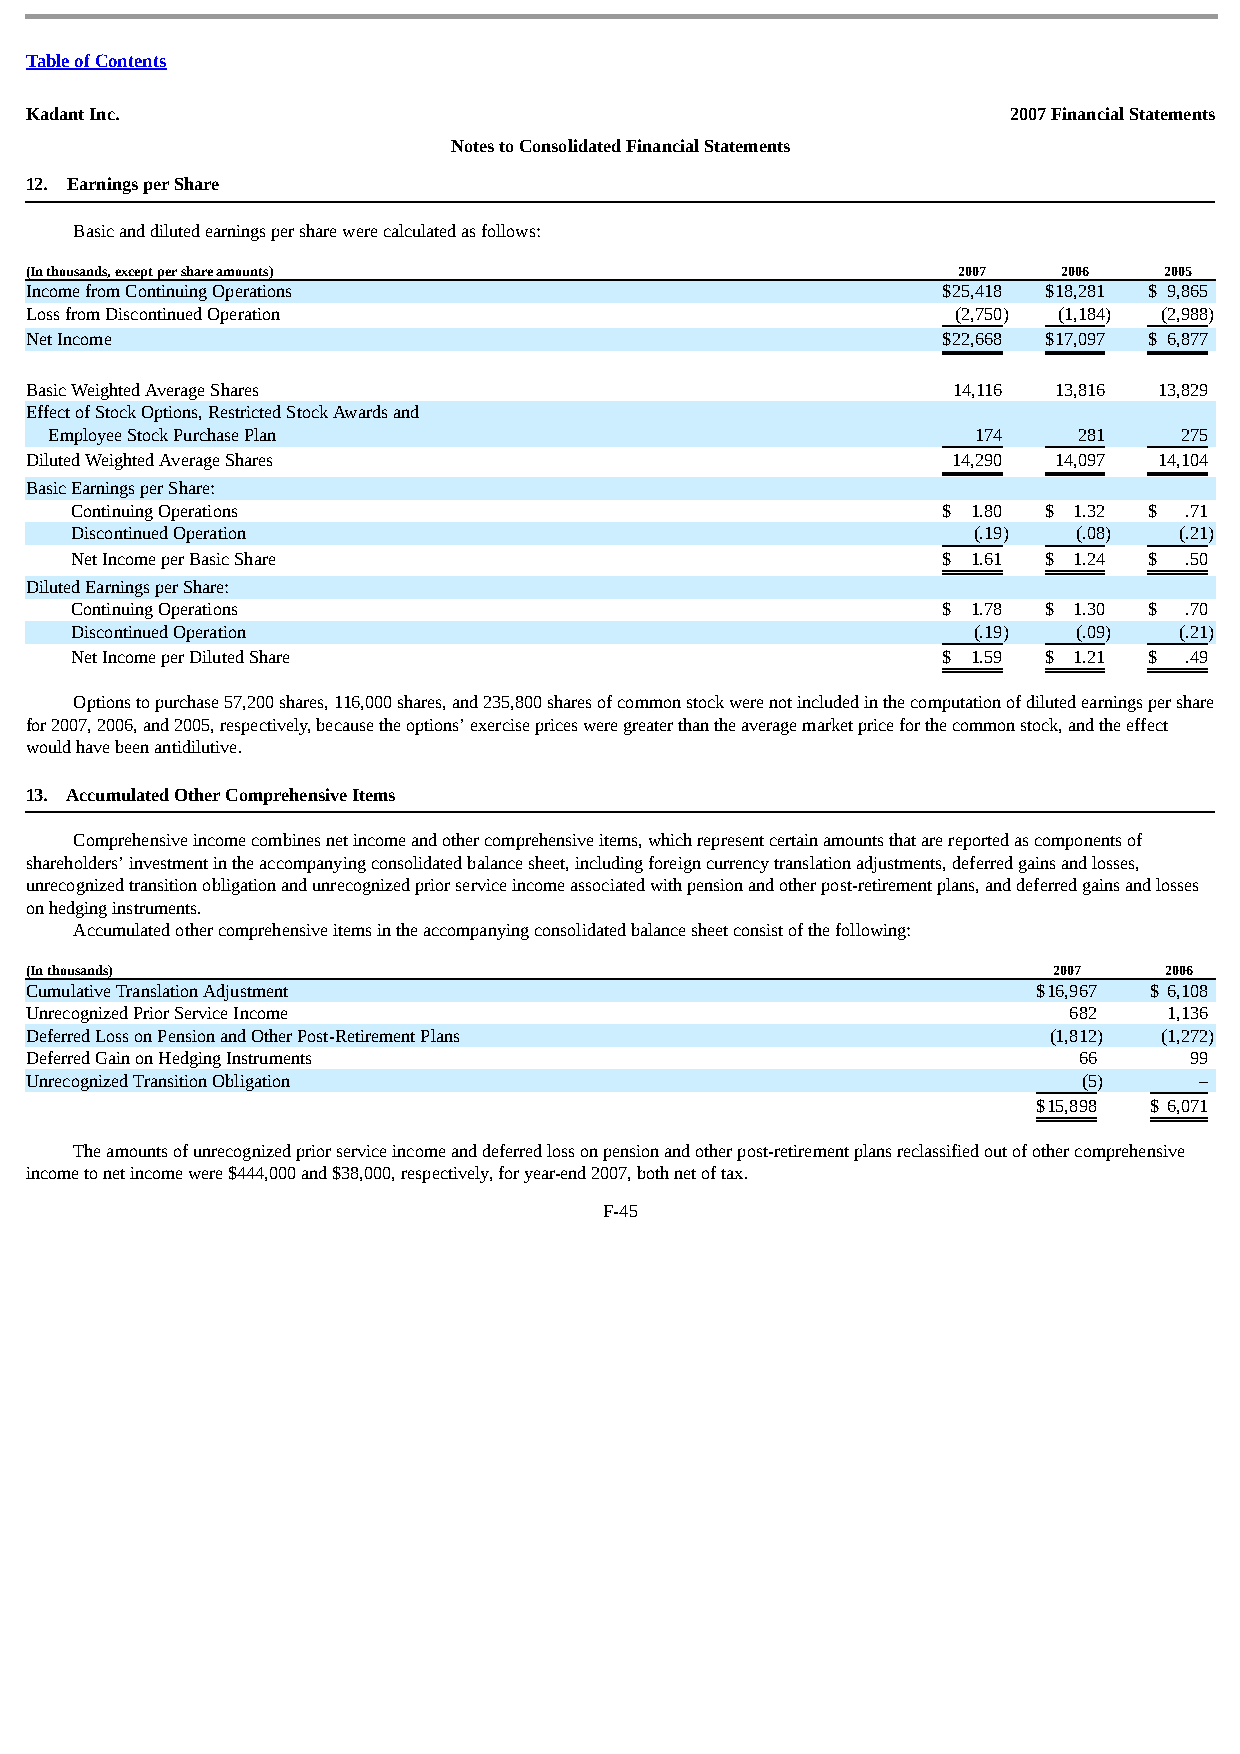
Table of Contents
 Kadant Inc.                                                      2007 Financial Statements
 Notes to Consolidated Financial Statements
 12. Earnings per Share
 Basic and diluted earnings per share were calculated as follows:
 (In thousands, except per share amounts)                     2007   2006   2005
 Income from Continuing Operations                           $25,418 $18,281 $ 9,865
 Loss from Discontinued Operation                             (2,750) (1,184) (2,988)
 Net Income                                                  $ 22,668 $ 17,097 $ 6,877
 Basic Weighted Average Shares                                14,116 13,816 13,829
 Effect of Stock Options, Restricted Stock Awards and
 Employee Stock Purchase Plan                                  174   281    275
 Diluted Weighted Average Shares                              14,290 14,097 14,104
 Basic Earnings per Share:
 Continuing Operations                                    $ 1.80 $ 1.32 $ .71
 Discontinued Operation                                     (.19)  (.08)  (.21)
 Net Income per Basic Share                               $ 1.61 $ 1.24 $ .50
 Diluted Earnings per Share:
 Continuing Operations                                    $ 1.78 $ 1.30 $ .70
 Discontinued Operation                                     (.19)  (.09)  (.21)
 Net Income per Diluted Share                             $ 1.59 $ 1.21 $ .49
 Options to purchase 57,200 shares, 116,000 shares, and 235,800 shares of common stock were not included in the computation of diluted earnings per share
 for 2007, 2006, and 2005, respectively, because the options’ exercise prices were greater than the average market price for the common stock, and the effect
 would have been antidilutive.
 13. Accumulated Other Comprehensive Items
 Comprehensive income combines net income and other comprehensive items, which represent certain amounts that are reported as components of
 shareholders’ investment in the accompanying consolidated balance sheet, including foreign currency translation adjustments, deferred gains and losses,
 unrecognized transition obligation and unrecognized prior service income associated with pension and other post-retirement plans, and deferred gains and losses
 on hedging instruments.
 Accumulated other comprehensive items in the accompanying consolidated balance sheet consist of the following:
 (In thousands)                                                      2007   2006
 Cumulative Translation Adjustment                                  $16,967 $ 6,108
 Unrecognized Prior Service Income                                    682   1,136
 Deferred Loss on Pension and Other Post-Retirement Plans           (1,812) (1,272)
 Deferred Gain on Hedging Instruments                                 66      99
 Unrecognized Transition Obligation                                    (5)    –
 $ 15,898 $ 6,071
 The amounts of unrecognized prior service income and deferred loss on pension and other post-retirement plans reclassified out of other comprehensive
 income to net income were $444,000 and $38,000, respectively, for year-end 2007, both net of tax.
 F-45